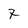
Character: 7